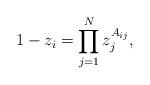
LaTeX: \begin{align*} 1 - z_i = \prod_{j=1}^N z_j^{A_{ij}},\end{align*}